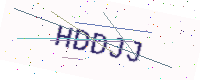
Text: HDDJJ